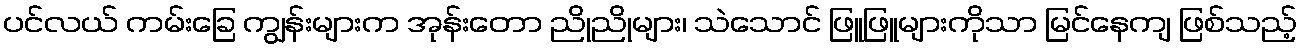
ပင်လယ် ကမ်းခြေ ကျွန်းများက အုန်းတော ညိုညိုများ၊ သဲသောင် ဖြူဖြူများကိုသာ မြင်နေကျ ဖြစ်သည့်